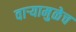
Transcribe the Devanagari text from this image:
वाऱ्यामुळेच